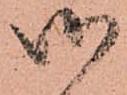
御